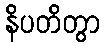
နိပတိတွာ